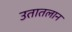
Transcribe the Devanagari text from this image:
उतातलान